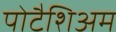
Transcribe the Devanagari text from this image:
पोटैशिअम